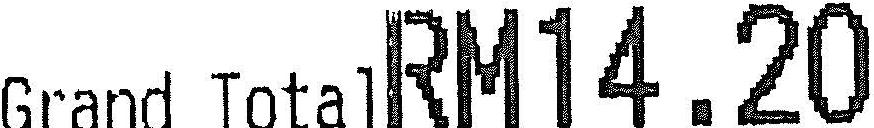
RM0.02